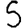
Digit: 5